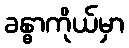
ခန္ဓာကိုယ်မှာ